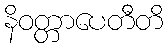
နိဝတ္တာပေတီတိ